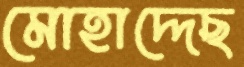
মোহাদ্দেছ